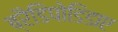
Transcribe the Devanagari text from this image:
ब्रैडिपोडिडाए